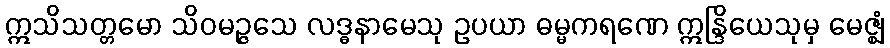
ဣသိသတ္တမော သိဝမဉ္ဇသေ လဒ္ဓနာမေသု ဥပယာ ဓမ္မကရဏေ ဣန္ဒြိယေသုမှ မေဇ္ဈံ